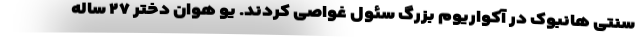
سنتی هانبوک در آکواریوم بزرگ سئول غواصی کردند. یو هوان دختر ۲۷ ساله